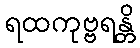
ရထကုဗ္ဗရန္တိ